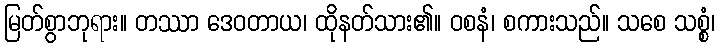
မြတ်စွာဘုရား။ တဿာ ဒေဝတာယ၊ ထိုနတ်သား၏။ ဝစနံ၊ စကားသည်။ သစေ သစ္စံ၊